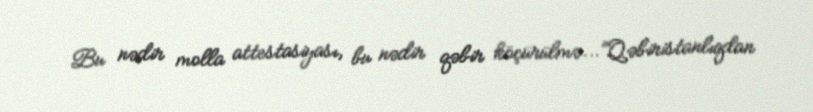
Bu nədir molla attestasiyası, bu nədir qəbir köçürülmə...”Qəbiristanlıqdan